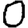
Digit: 0